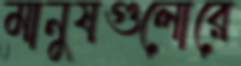
মানুষগুলোরে